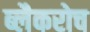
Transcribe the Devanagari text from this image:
ब्लैकरोच